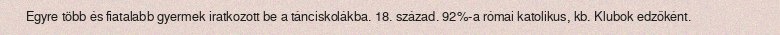
Egyre több és fiatalabb gyermek iratkozott be a tánciskolákba. 18. század. 92%-a római katolikus, kb. Klubok edzőként.